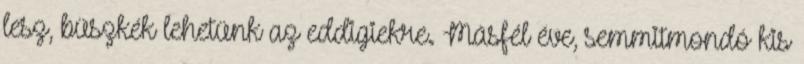
lesz, büszkék lehetünk az eddigiekre. Másfél éve, semmitmondó kis